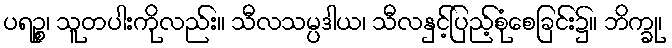
ပရဉ္စ၊ သူတပါးကိုလည်း။ သီလသမ္ပဒါယ၊ သီလနှင့်ပြည့်စုံစေခြင်း၌။ ဘိက္ခု၊